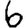
Digit: 6